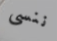
ننسى